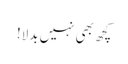
کچھ بھی نہیں بدلا!